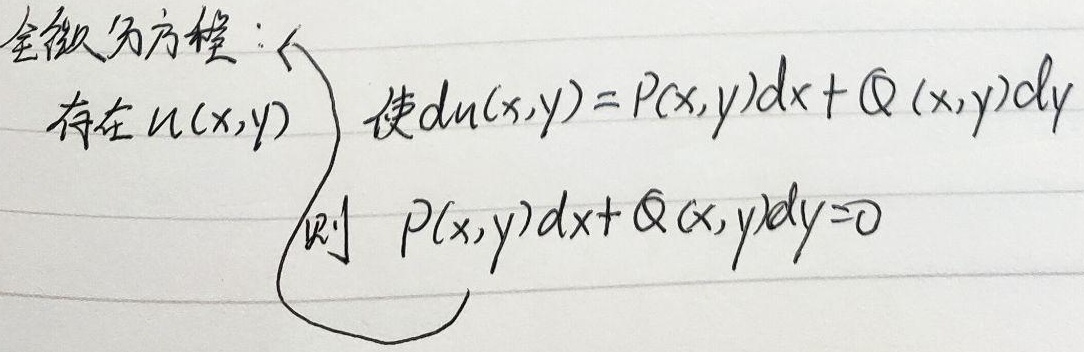
全微分方程：若存在 \(u(x,y)\) 使得 \(du(x,y)=P(x,y)dx + Q(x,y)dy\)，则 \(P(x,y)dx + Q(x,y)dy = 0\)